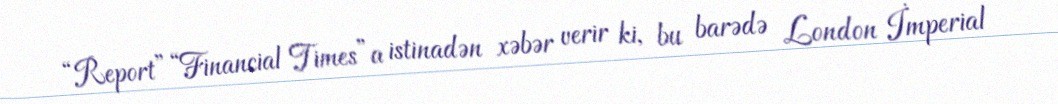
“Report” “Financial Times”a istinadən xəbər verir ki, bu barədə London İmperial